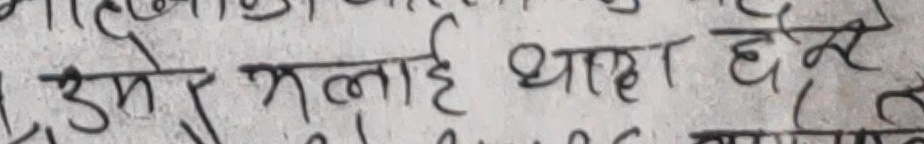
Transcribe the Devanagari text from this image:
उमेर मलाई थाहा छैन